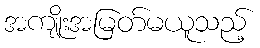
အကျိုးအမြတ်မယူသည့်